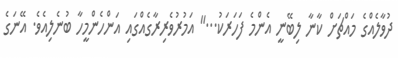
ދުވާލެއްގެ މައްޗަށް ކާނާ ލިބޭނީ އެންމެ ފަހަރަކު...'' އަމުރުވެރިރާގެއްގައި އަންހެންމީހާ ބުނެލިއެވެ. އޭނަގެ